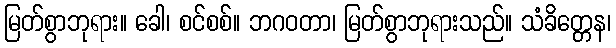
မြတ်စွာဘုရား။ ခေါ၊ စင်စစ်။ ဘဂဝတာ၊ မြတ်စွာဘုရားသည်။ သံခိတ္တေန၊